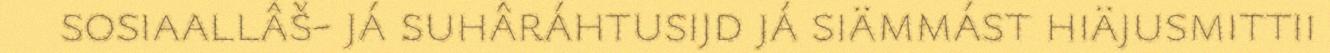
sosiaallâš- já suhâráhtusijd já siämmást hiäjusmittii